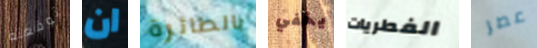
توقعته ان بالطائرة يخفي الفطريات عصر